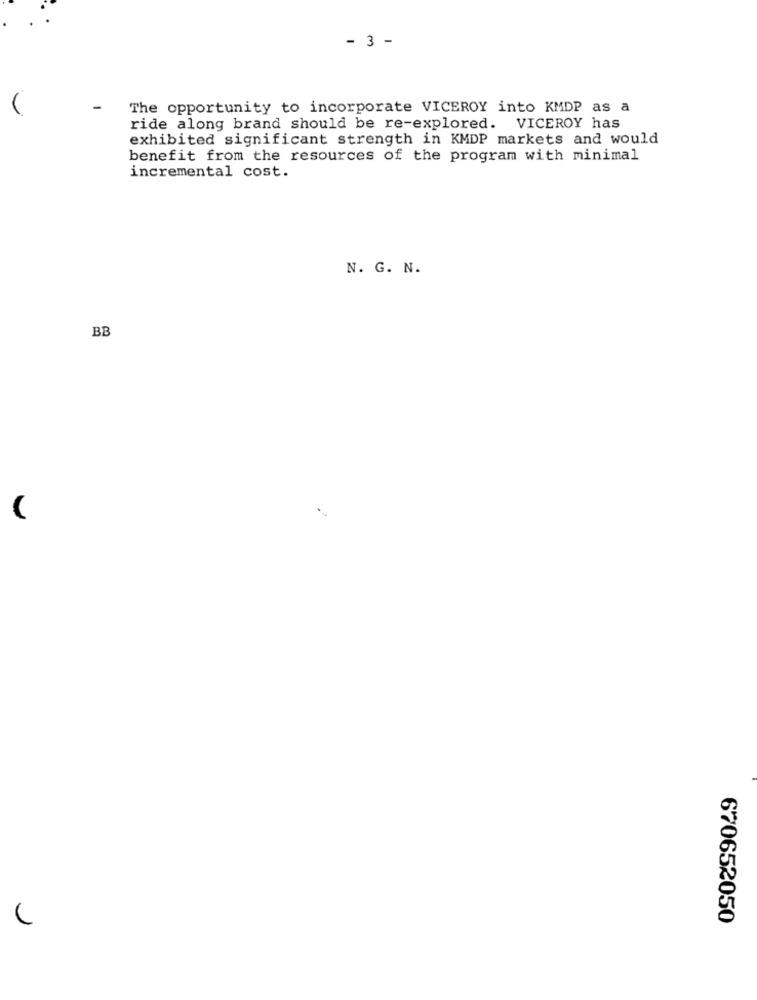
- 3 -
The opportunity to incorporate VICEROY into KMDP as a
ride along brand should be re-explored. VICEROY has
exhibited significant strength in KMDP markets and would
benefit from the resources of the program with minimal
incremental cost.
N. G. N.
BB
(
670652050